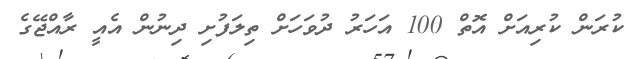
ކުރަން ކުރިއަށް އޮތް 100 އަހަރު ދުވަހަށް ތިލަފުށި ދިނުން އެއީ ރާއްޖޭގެ